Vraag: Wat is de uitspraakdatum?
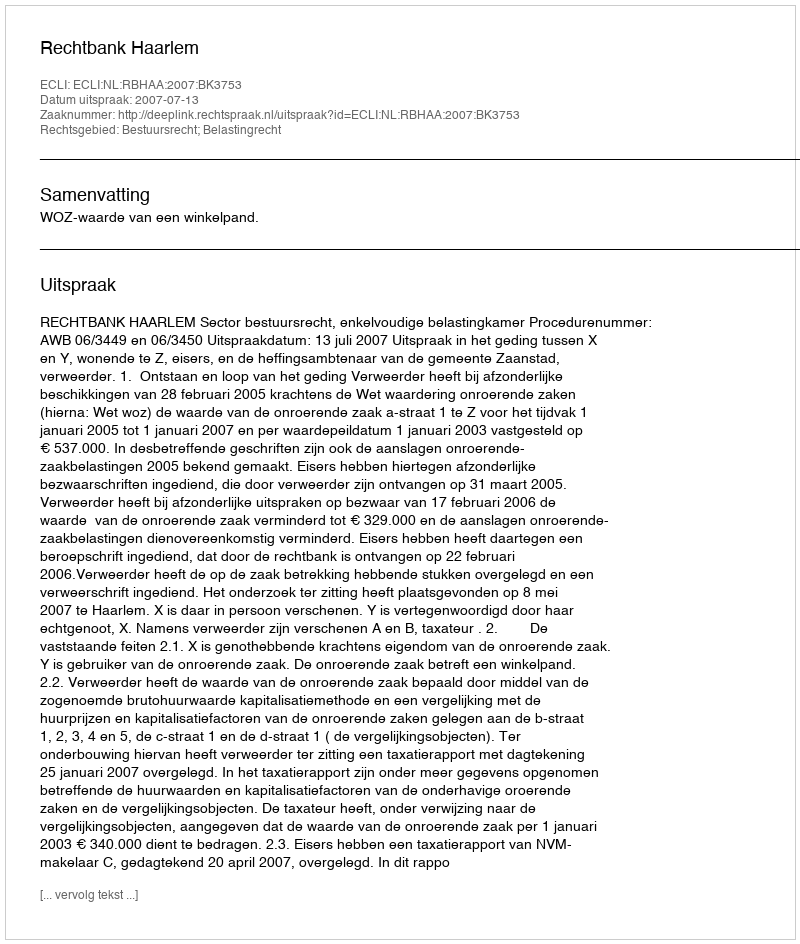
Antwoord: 2007-07-13